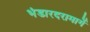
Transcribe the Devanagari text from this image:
भंडारदरामार्गे